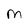
Character: M